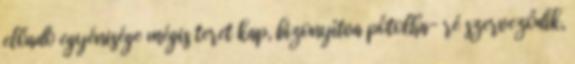
előadó egyénisége mégis teret kap, bizonyítva pótolha- ré szerveződik,